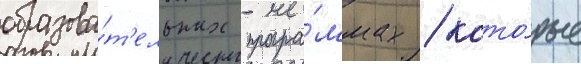
образова́т'ельных програ́ммах / кото́рые